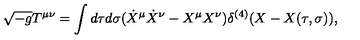
\sqrt { - g } T ^ { \mu \nu } = \int d \tau d \sigma ( \dot { X } ^ { \mu } \dot { X } ^ { \nu } - X ^ { \mu } X ^ { \nu } ) \delta ^ { ( 4 ) } ( X - X ( \tau , \sigma ) ) ,